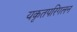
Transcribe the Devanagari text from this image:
यकृतपरिगलन